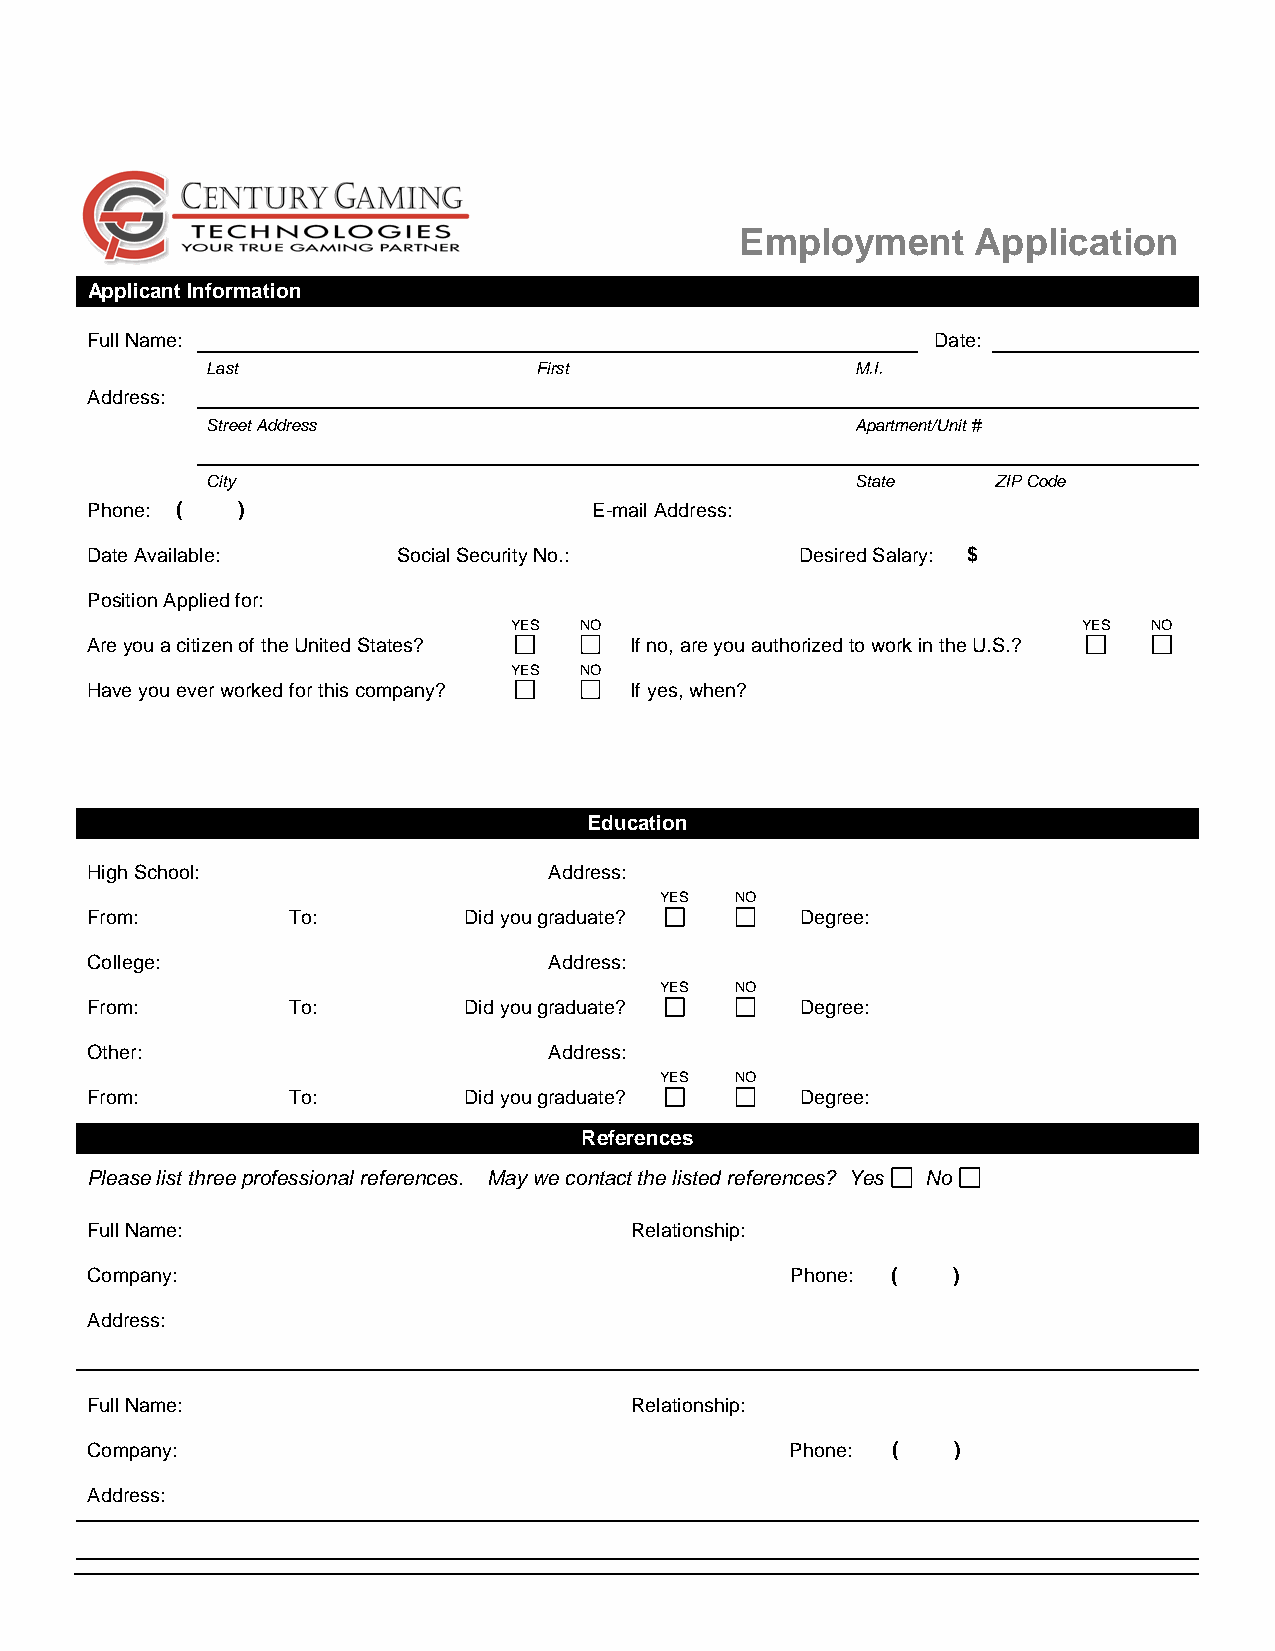
Employment      Application
 Applicant Information
 Full Name:                                              Date:
 Last                  First                M.I.
 Address:
 Street Address                             Apartment/Unit #
 City                                       State    ZIP Code
 Phone: (  )                      E-mail Address:
 Date Available:     Social Security No.:       Desired Salary: $
 Position Applied for:
 YES NO                                YES NO
 Are you a citizen of the United States? If no, are you authorized to work in the U.S.?
 YES NO
 Have you ever worked for this company? If yes, when?
 Education
 High School:                  Address:
 YES  NO
 From:        To:         Did you graduate?     Degree:
 College:                      Address:
 YES  NO
 From:        To:         Did you graduate?     Degree:
 Other:                        Address:
 YES  NO
 From:        To:         Did you graduate?     Degree:
 References
 Please list three professional references. May we contact the listed references? Yes No
 Full Name:                          Relationship:
 Company:                                      Phone: (   )
 Address:
 Full Name:                          Relationship:
 Company:                                      Phone: (   )
 Address: